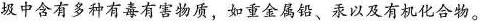
圾中含有多种有毒有害物质，如重金属钙、汞以及有机化合物。